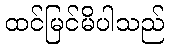
ထင်မြင်မိပါသည်